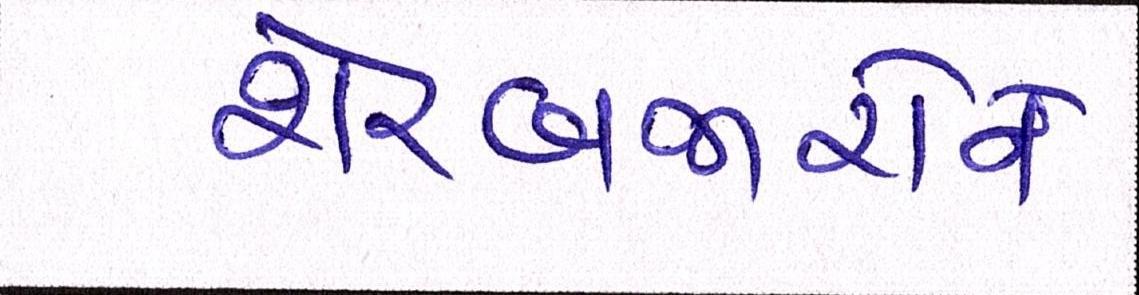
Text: શેરબજારોને